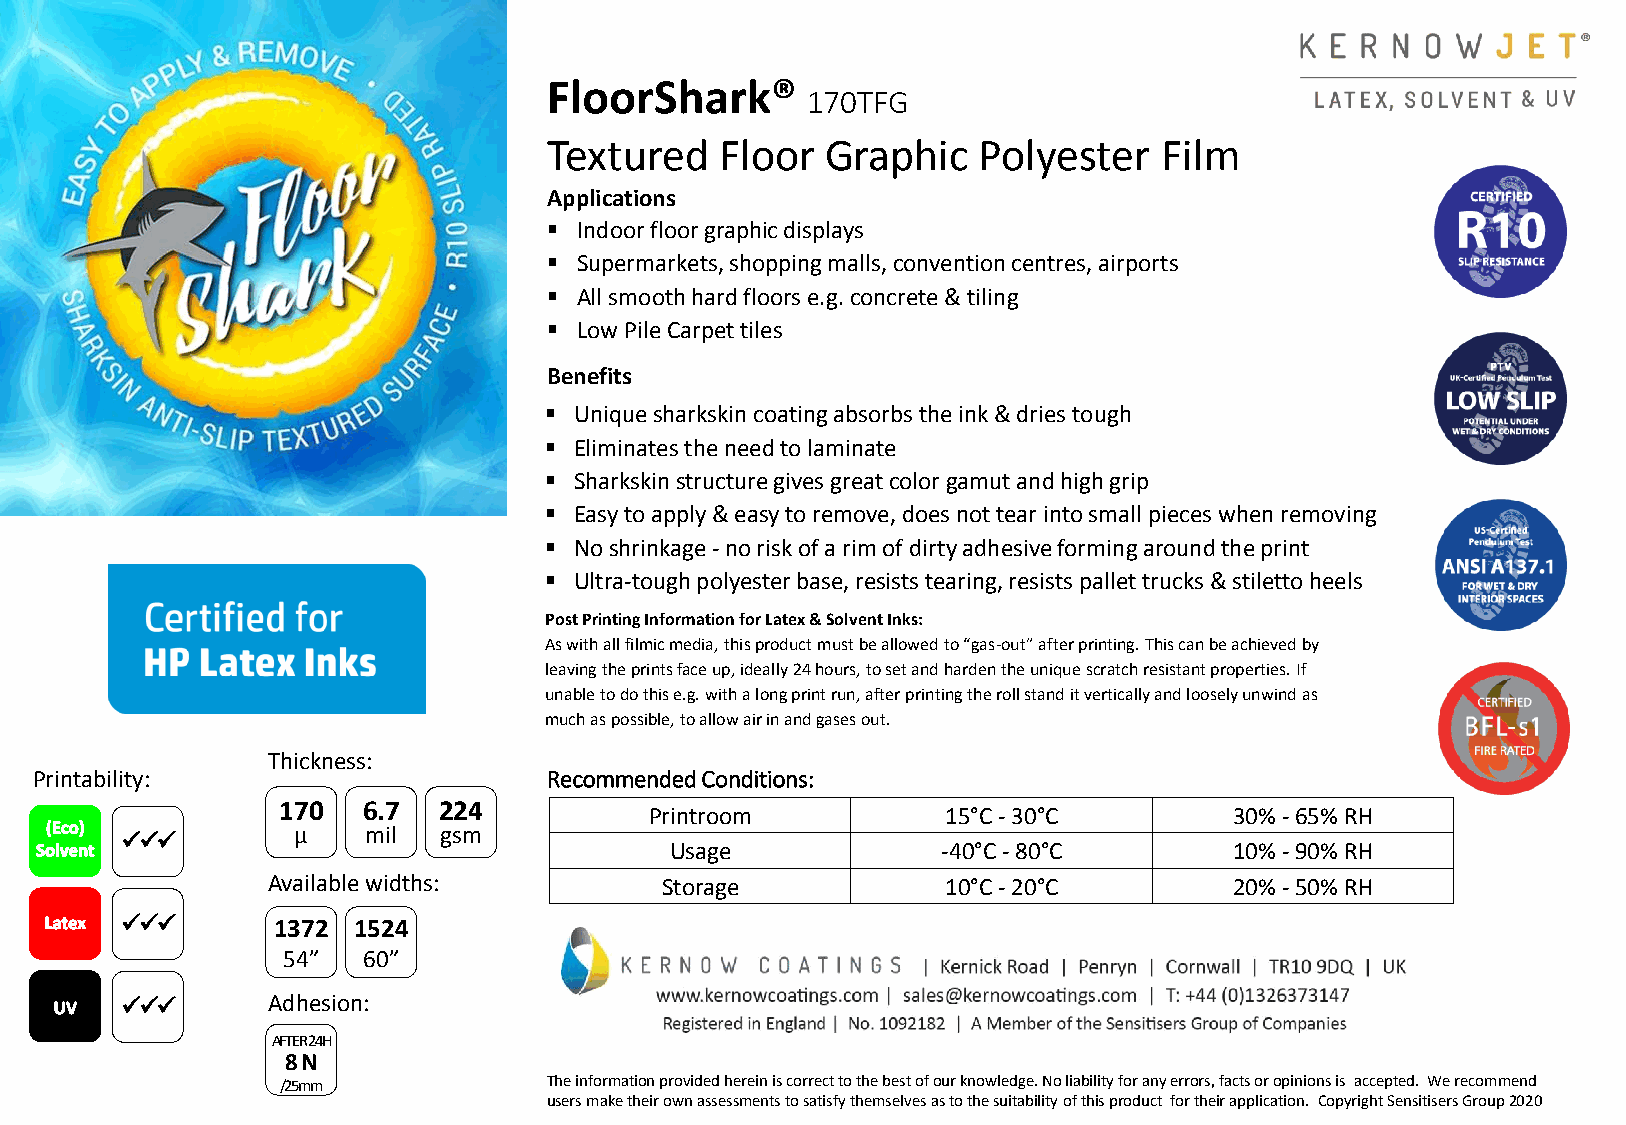
FloorShark®
 170TFG
 Textured    Floor  Graphic   Polyester   Film
 Applications
  Indoor floor graphic displays
  Supermarkets, shopping malls, convention centres, airports
  All smooth hard floors e.g. concrete & tiling
  Low Pile Carpet tiles
 Benefits
  Unique sharkskin coating absorbs the ink & dries tough
  Eliminates the need to laminate
  Sharkskin structure gives great color gamut and high grip
  Easy to apply & easy to remove, does not tear into small pieces when removing
  No shrinkage - no risk of a rim of dirty adhesive forming around the print
  Ultra-tough polyester base, resists tearing, resists pallet trucks & stiletto heels
 Post Printing Information for Latex & Solvent Inks:
 As with all filmic media, this product must be allowed to “gas-out” after printing. This can be achieved by
 leaving the prints face up, ideally 24 hours, to set and harden the unique scratch resistant properties. If
 unable to do this e.g. with a long print run, after printing the roll stand it vertically and loosely unwind as
 much as possible, to allow air in and gases out.
 Thickness:
 Printability:                     Recommended Conditions:
 170   6.7  224
 Printroom           15°C - 30°C        30% - 65% RH
 µ    mil  gsm
 
 Usage             -40°C - 80°C        10% - 90% RH
 Available widths:         Storage            10°C - 20°C        20% - 50% RH
     1372 1524
 54”  60”
     Adhesion:
 AFTER 24H
 8 N
 /25mm            The information provided herein is correct to the best of our knowledge. No liability for any errors, facts or opinions is accepted. We recommend
 users make their own assessments to satisfy themselves as to the suitability of this product for their application. Copyright Sensitisers Group 2020